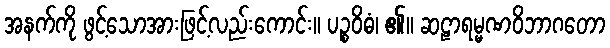
အနက်ကို ဖွင့်သောအားဖြင့်လည်းကောင်း။ ပဉ္စဝိဓံ၊ ၏။ ဆဠာရမ္မဏဝိဘာဂတော